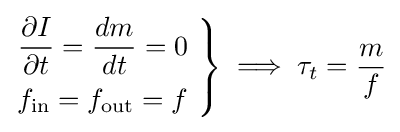
\left.{\begin{aligned}{\frac {\partial I}{\partial t}}={\frac {dm}{dt}}=0&\\f_{\text{in}}=f_{\text{out}}=f&\end{aligned}}\ \right\}\implies \tau _{t}={\frac {m}{f}}